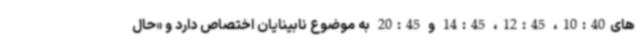
های10:40، 12:45، 14:45 و 20:45 به موضوع نابینایان اختصاص دارد و «حال